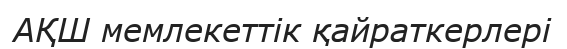
АҚШ мемлекеттік қайраткерлері